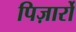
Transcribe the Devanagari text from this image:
पिज़ार्रो